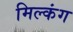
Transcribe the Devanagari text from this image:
मिल्कंग